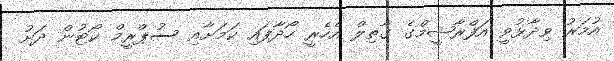
އުމަރު ވިދާޅުވީ އަފްރާޝީމްގެ ގާތިލް އެހެރީ ހޯދާފައި ކަމަށާއި ސުޕްރީމް ކޯޓުން ދަށު